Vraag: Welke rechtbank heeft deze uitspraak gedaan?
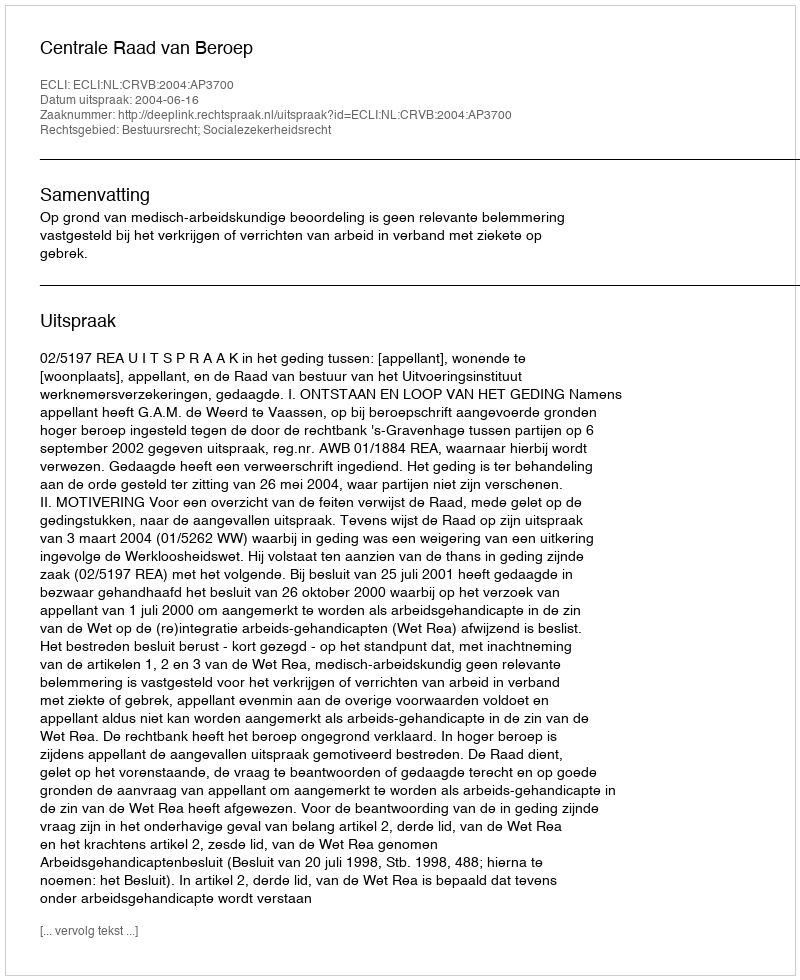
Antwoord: Centrale Raad van Beroep